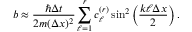
b \approx \frac { \hbar \Delta t } { 2 m ( \Delta x ) ^ { 2 } } \displaystyle \sum _ { \ell = 1 } ^ { r } c _ { \ell } ^ { ( r ) } \sin ^ { 2 } \left( \frac { k \ell \Delta x } { 2 } \right) .